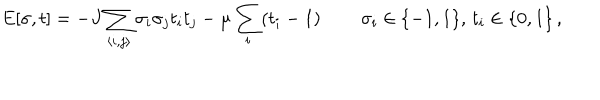
E [ \sigma , t ] = - J \sum _ { \langle i , j \rangle } \sigma _ { i } \sigma _ { j } t _ { i } t _ { j } - \mu \sum _ { i } ( t _ { i } - 1 ) \, \qquad \sigma _ { i } \in \{ - 1 , 1 \} , \, t _ { i } \in \{ 0 , 1 \} \, ,